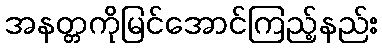
အနတ္တကိုမြင်အောင်ကြည့်နည်း